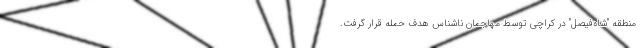
منطقه "شاه‌فیصل" در کراچی توسط مهاجمان ناشناس هدف حمله قرار گرفت.